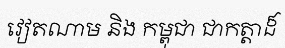
វៀតណាម និង កម្ពុជា ជាកត្តាដ៏